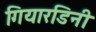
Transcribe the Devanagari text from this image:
गियारडिनी